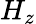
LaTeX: H_{z}